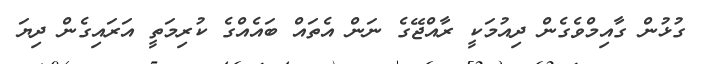
ގުޅުން ގާއިމްވެގެން ދިއުމަކީ ރާއްޖޭގެ ނަން އެތައް ބައެއްގެ ކުރިމަތީ އަރައިގެން ދިޔަ